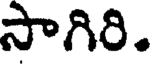
సాగిరి.